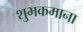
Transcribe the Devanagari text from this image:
शुभकमाना